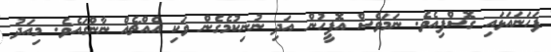
ފަހަނައަޅައި ގޮސްފިއެވެ. ނަމަވެސް އޮފީހުން އަދި ނުނިކުމެގެން ވަކި އެއްޗެއް ނާންގައެވެ. މިއަދު